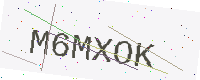
Text: M6MXOK